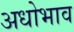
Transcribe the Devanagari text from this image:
अधोभाव